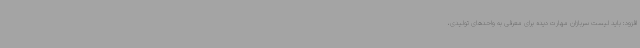
افزود: باید لیست سربازان مهارت دیده برای معرفی به واحدهای تولیدی،